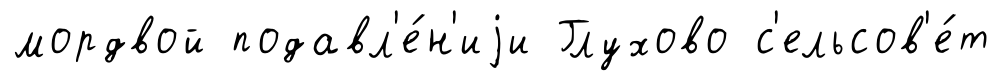
мордвой подавл'е́н'иjи Глухово с'ельсов'е́т